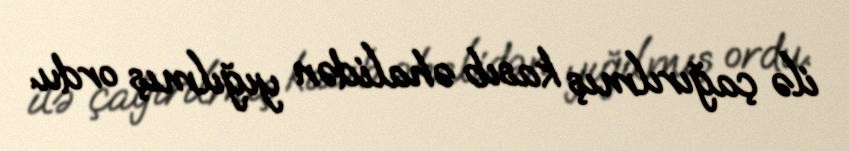
ilə çağırılmış kasıb əhalidən yığılmış ordu.